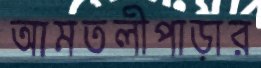
আমতলীপাড়ার